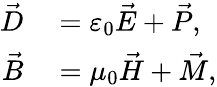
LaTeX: \begin{array}{rl}{\vec{D}}&{{}=\varepsilon_{0}\vec{E}+\vec{P},}\\ {\vec{B}}&{{}=\mu_{0}\vec{H}+\vec{M},}\end{array}